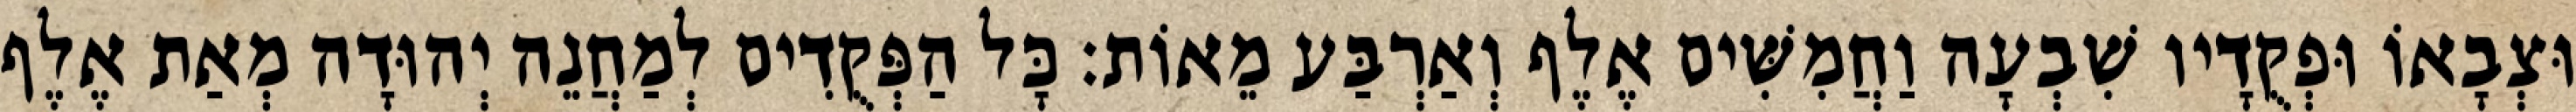
וּצְבָאוֹ וּפְקֻדָיו שִׁבְעָה וַחֲמִשִּׁים אֶלֶף וְאַרְבַּע מֵאוֹת׃ כָּל הַפְּקֻדִים לְמַחֲנֵה יְהוּדָה מְאַת אֶלֶף